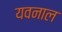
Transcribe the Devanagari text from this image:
यवनाल